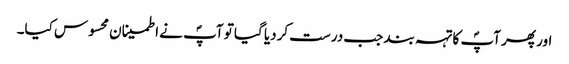
اور پھر آپؐ کا تہہ بند جب درست کردیا گیا تو آپؐ نے اطمینان محسوس کیا۔